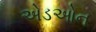
એડઓન